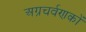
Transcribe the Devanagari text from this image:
अग्रचर्वणकों